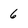
Character: 6